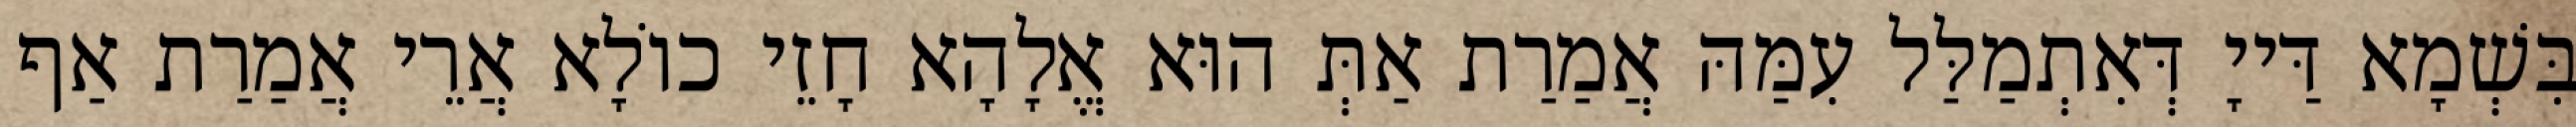
בִּשְׁמָא דַּייָ דְּאִתְמַלַּל עִמַּהּ אֲמַרַת אַתְּ הוּא אֱלָהָא חָזֵי כוֹלָא אֲרֵי אֲמַרַת אַף